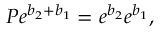
P e ^ { b _ { 2 } + b _ { 1 } } = e ^ { b _ { 2 } } e ^ { b _ { 1 } } ,